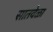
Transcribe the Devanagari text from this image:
सातवेळा